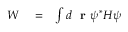
\begin{array} { r l r } { W } & { { } = } & { \int d \mathrm { ~ \bf ~ r ~ } \psi ^ { * } H \psi } \end{array}